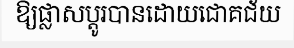
ឱ្យផ្លាសប្តូរបានដោយជោគជ័យ